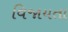
વિજાયતા